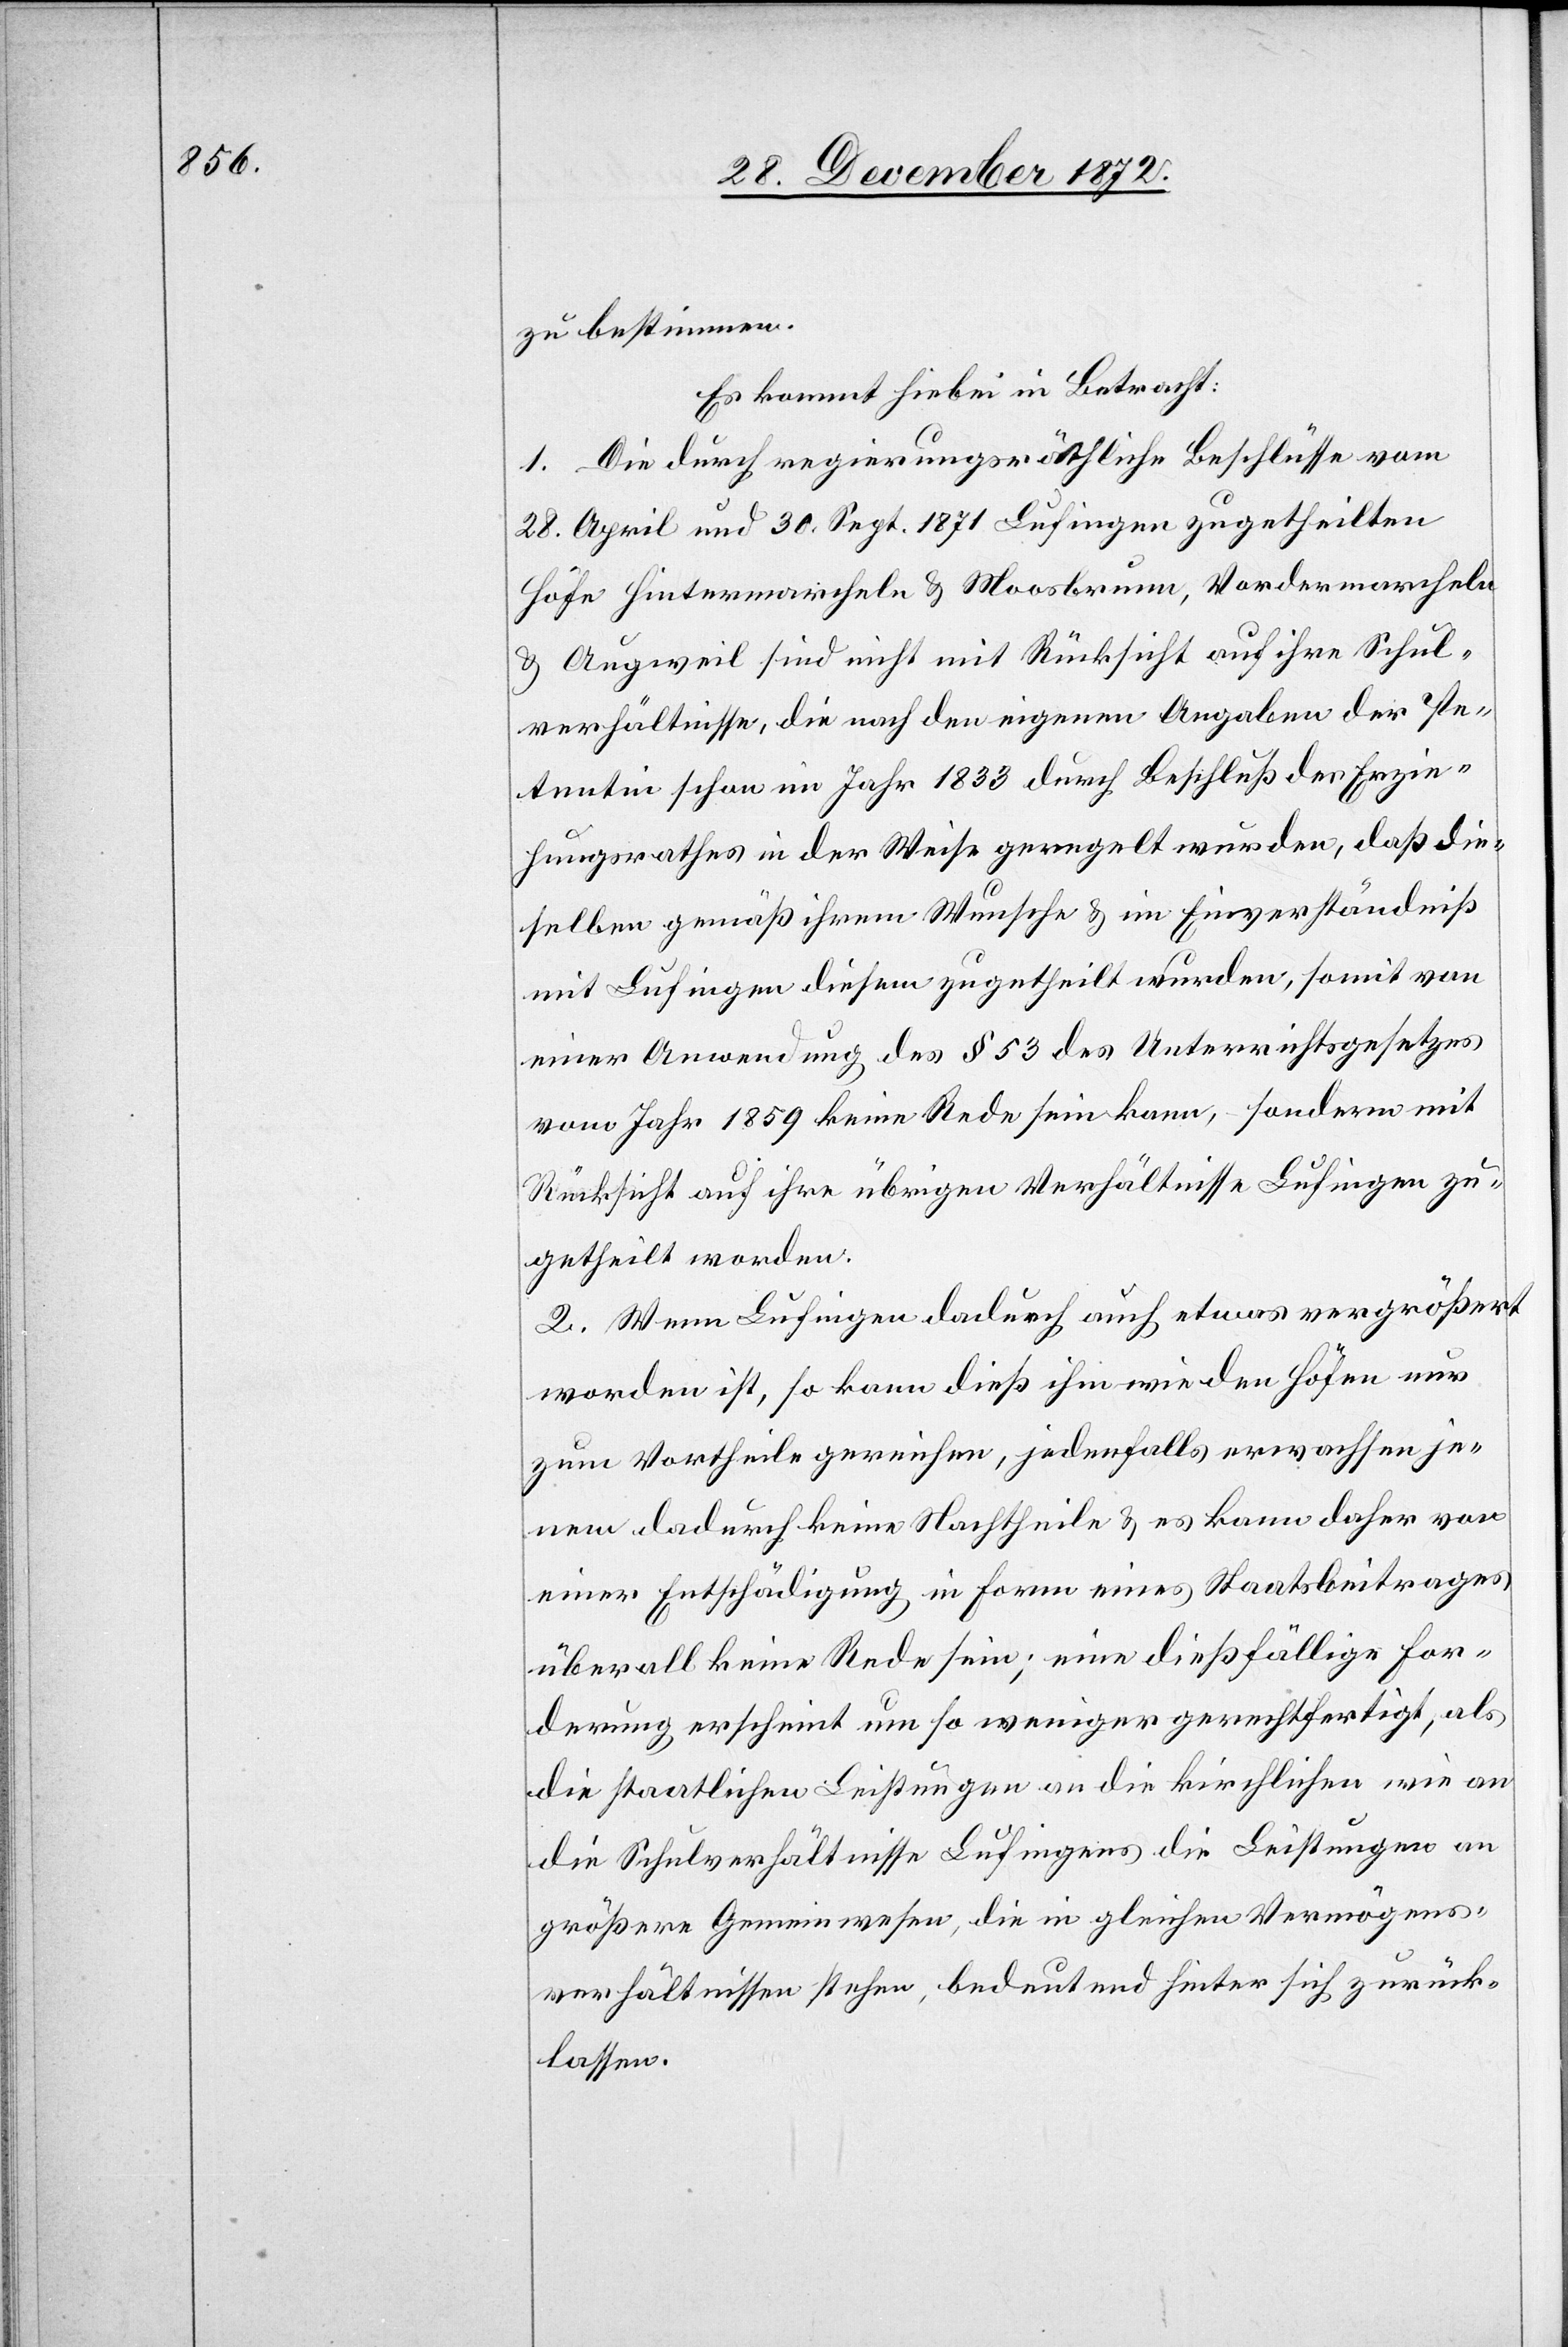
zu bestimmen.
Es kommt hiebei in Betracht:
1. Die durch regierungsräthliche Beschlüsse vom
28. April und 30. Sept. 1871 Lufingen zugetheilten
Höfe Hintermarcheln u. Mossbrunn, Vordermarcheln
u. Augweil sind nicht mit Rücksicht auf ihre Schul¬
verhältnisse, die nach den eigenen Angaben der Pe¬
tentin schon im Jahr 1833 durch Beschluß des Erzie¬
hungsrathes in der Weise geregelt wurden, daß die¬
selben gemäß ihrem Wunsche u. im Einverständniß
mit Lufingen diesem zugetheilt wurden, somit von
einer Anwendung des § 53 des Unterrichtsgesetzes
vom Jahr 1859 keine Rede sein kann, – sondern mit
Rücksicht auf ihre übrigen Verhältnisse Lufingen zu¬
getheilt worden.
2. Wenn Lufingen dadurch auch etwas vergrößert
worden ist, so kann dieß ihm wie den Höfen nur
zum Vortheile gereichen, jedenfalls erwachsen je¬
nem dadurch keine Nachtheile u. es kann daher von
einer Entschädigung in Form eines Staatsbeitrages
überall keine Rede sein; eine dießfällige For¬
derung erscheint um so weniger gerechtfertigt, als
die staatlichen Leistungen an die kirchlichen wie an
die Schulverhältnisse Lufingens die Leistungen an
größere Gemeinwesen, die in gleichen Vermögens¬
verhältnissen stehen, bedeutend hinter sich zurück¬
lassen.